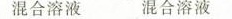
混合溶液 混合溶液